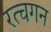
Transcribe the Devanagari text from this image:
रत्चगन